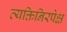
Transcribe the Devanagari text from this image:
व्यक्तिनिरपेक्ष